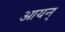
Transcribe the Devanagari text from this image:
आयन्